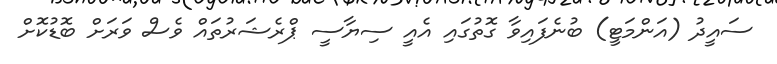
ސައީދު (އަންމަޓީ) ބުނެފައިވާ ގޮތުގައި އެއީ ސިޔާސީ ޕްރެޝަރުތައް ވެސް ވަރަށް ބޮޑުކޮށް